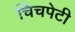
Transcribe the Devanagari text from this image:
चिंचपेटी